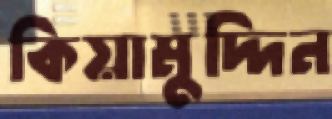
কিয়ামুদ্দিন